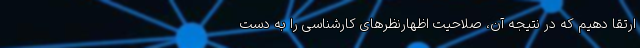
ارتقا دهیم که در نتیجه آن، صلاحیت اظهارنظرهای کارشناسی را به دست